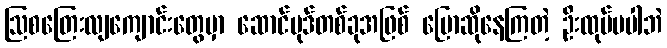
ဩစတြေးလျကျောင်းတွေမှာ ဆောင်ပုဒ်တစ်ခုအဖြစ် ပြောဆိုနေကြတဲ့ ဦးထုပ်မပါဘဲ